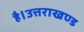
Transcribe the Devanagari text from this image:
है।उत्तराखण्ड